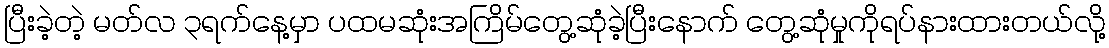
ပြီးခဲ့တဲ့ မတ်လ ၃ရက်နေ့မှာ ပထမဆုံးအကြိမ်တွေ့ဆုံခဲ့ပြီးနောက် တွေ့ဆုံမှုကိုရပ်နားထားတယ်လို့